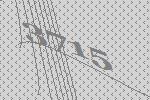
3715